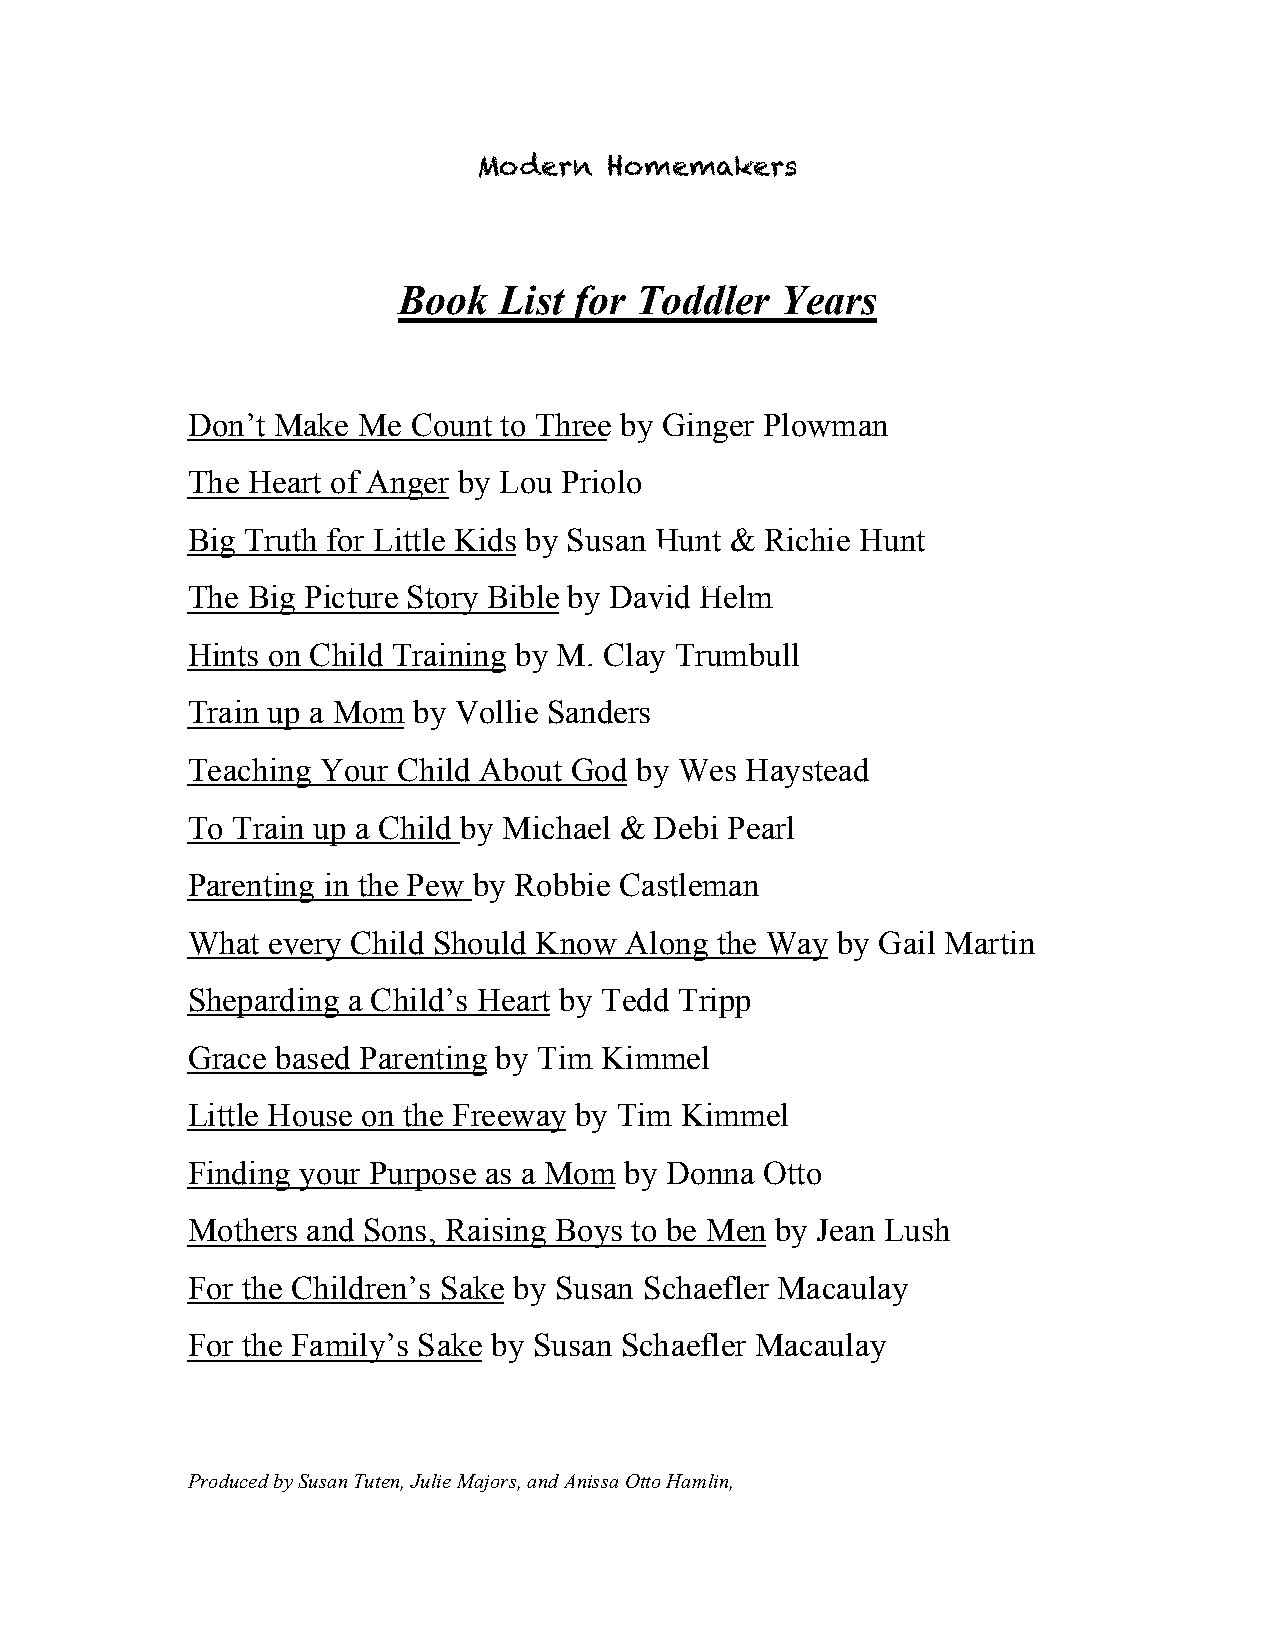
Book   List for Toddler   Years
 Don’t Make  Me Count to Three by Ginger Plowman
 The Heart of Anger by Lou Priolo
 Big Truth for Little Kids by Susan Hunt & Richie Hunt
 The Big Picture Story Bible by David Helm
 Hints on Child Training by M. Clay Trumbull
 Train up a Mom by Vollie Sanders
 Teaching Your Child About God by Wes Haystead
 To Train up a Child by Michael & Debi Pearl
 Parenting in the Pew by Robbie Castleman
 What  every Child Should Know Along the Way by Gail Martin
 Sheparding a Child’s Heart by Tedd Tripp
 Grace based Parenting by Tim Kimmel
 Little House on the Freeway by Tim Kimmel
 Finding your Purpose as a Mom by Donna Otto
 Mothers and Sons, Raising Boys to be Men by Jean Lush
 For the Children’s Sake by Susan Schaefler Macaulay
 For the Family’s Sake by Susan Schaefler Macaulay
 Produced by Susan Tuten, Julie Majors, and Anissa Otto Hamlin, January 2008